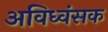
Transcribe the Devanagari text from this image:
अविध्वंसक